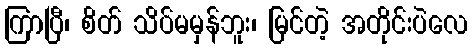
ကြာပြီ၊ စိတ် သိပ်မမှန်ဘူး၊ မြင်တဲ့ အတိုင်းပဲလေ